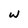
Character: w